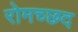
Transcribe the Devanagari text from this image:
रोमच्छद